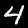
Digit: 4